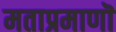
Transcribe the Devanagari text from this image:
मताप्रमाणाॆ